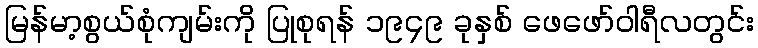
မြန်မာ့စွယ်စုံကျမ်းကို ပြုစုရန် ၁၉၄၉ ခုနှစ် ဖေဖော်ဝါရီလတွင်း